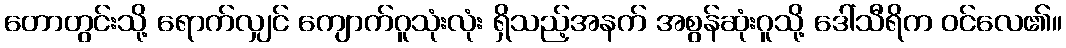
တောတွင်းသို့ ရောက်လျှင် ကျောက်ဂူသုံးလုံး ရှိသည့်အနက် အစွန်ဆုံးဂူသို့ ဒေါ်သီရိက ဝင်လေ၏။